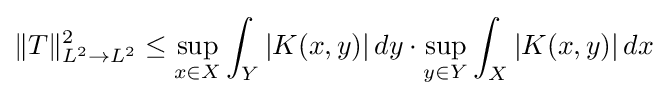
\Vert T\Vert _{L^{2}\to L^{2}}^{2}\leq \sup _{x\in X}\int _{Y}|K(x,y)|\,dy\cdot \sup _{y\in Y}\int _{X}|K(x,y)|\,dx